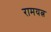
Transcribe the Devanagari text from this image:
रामयत्न